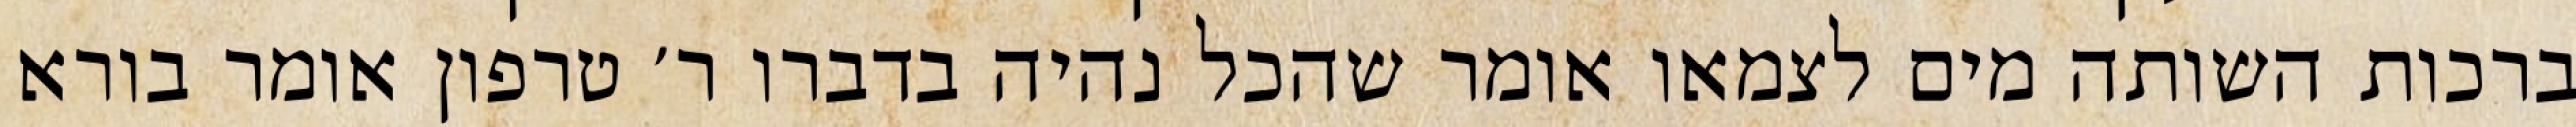
ברכות השותה מים לצמאו אומר שהכל נהיה בדברו ר׳ טרפון אומר בורא